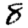
Digit: 8